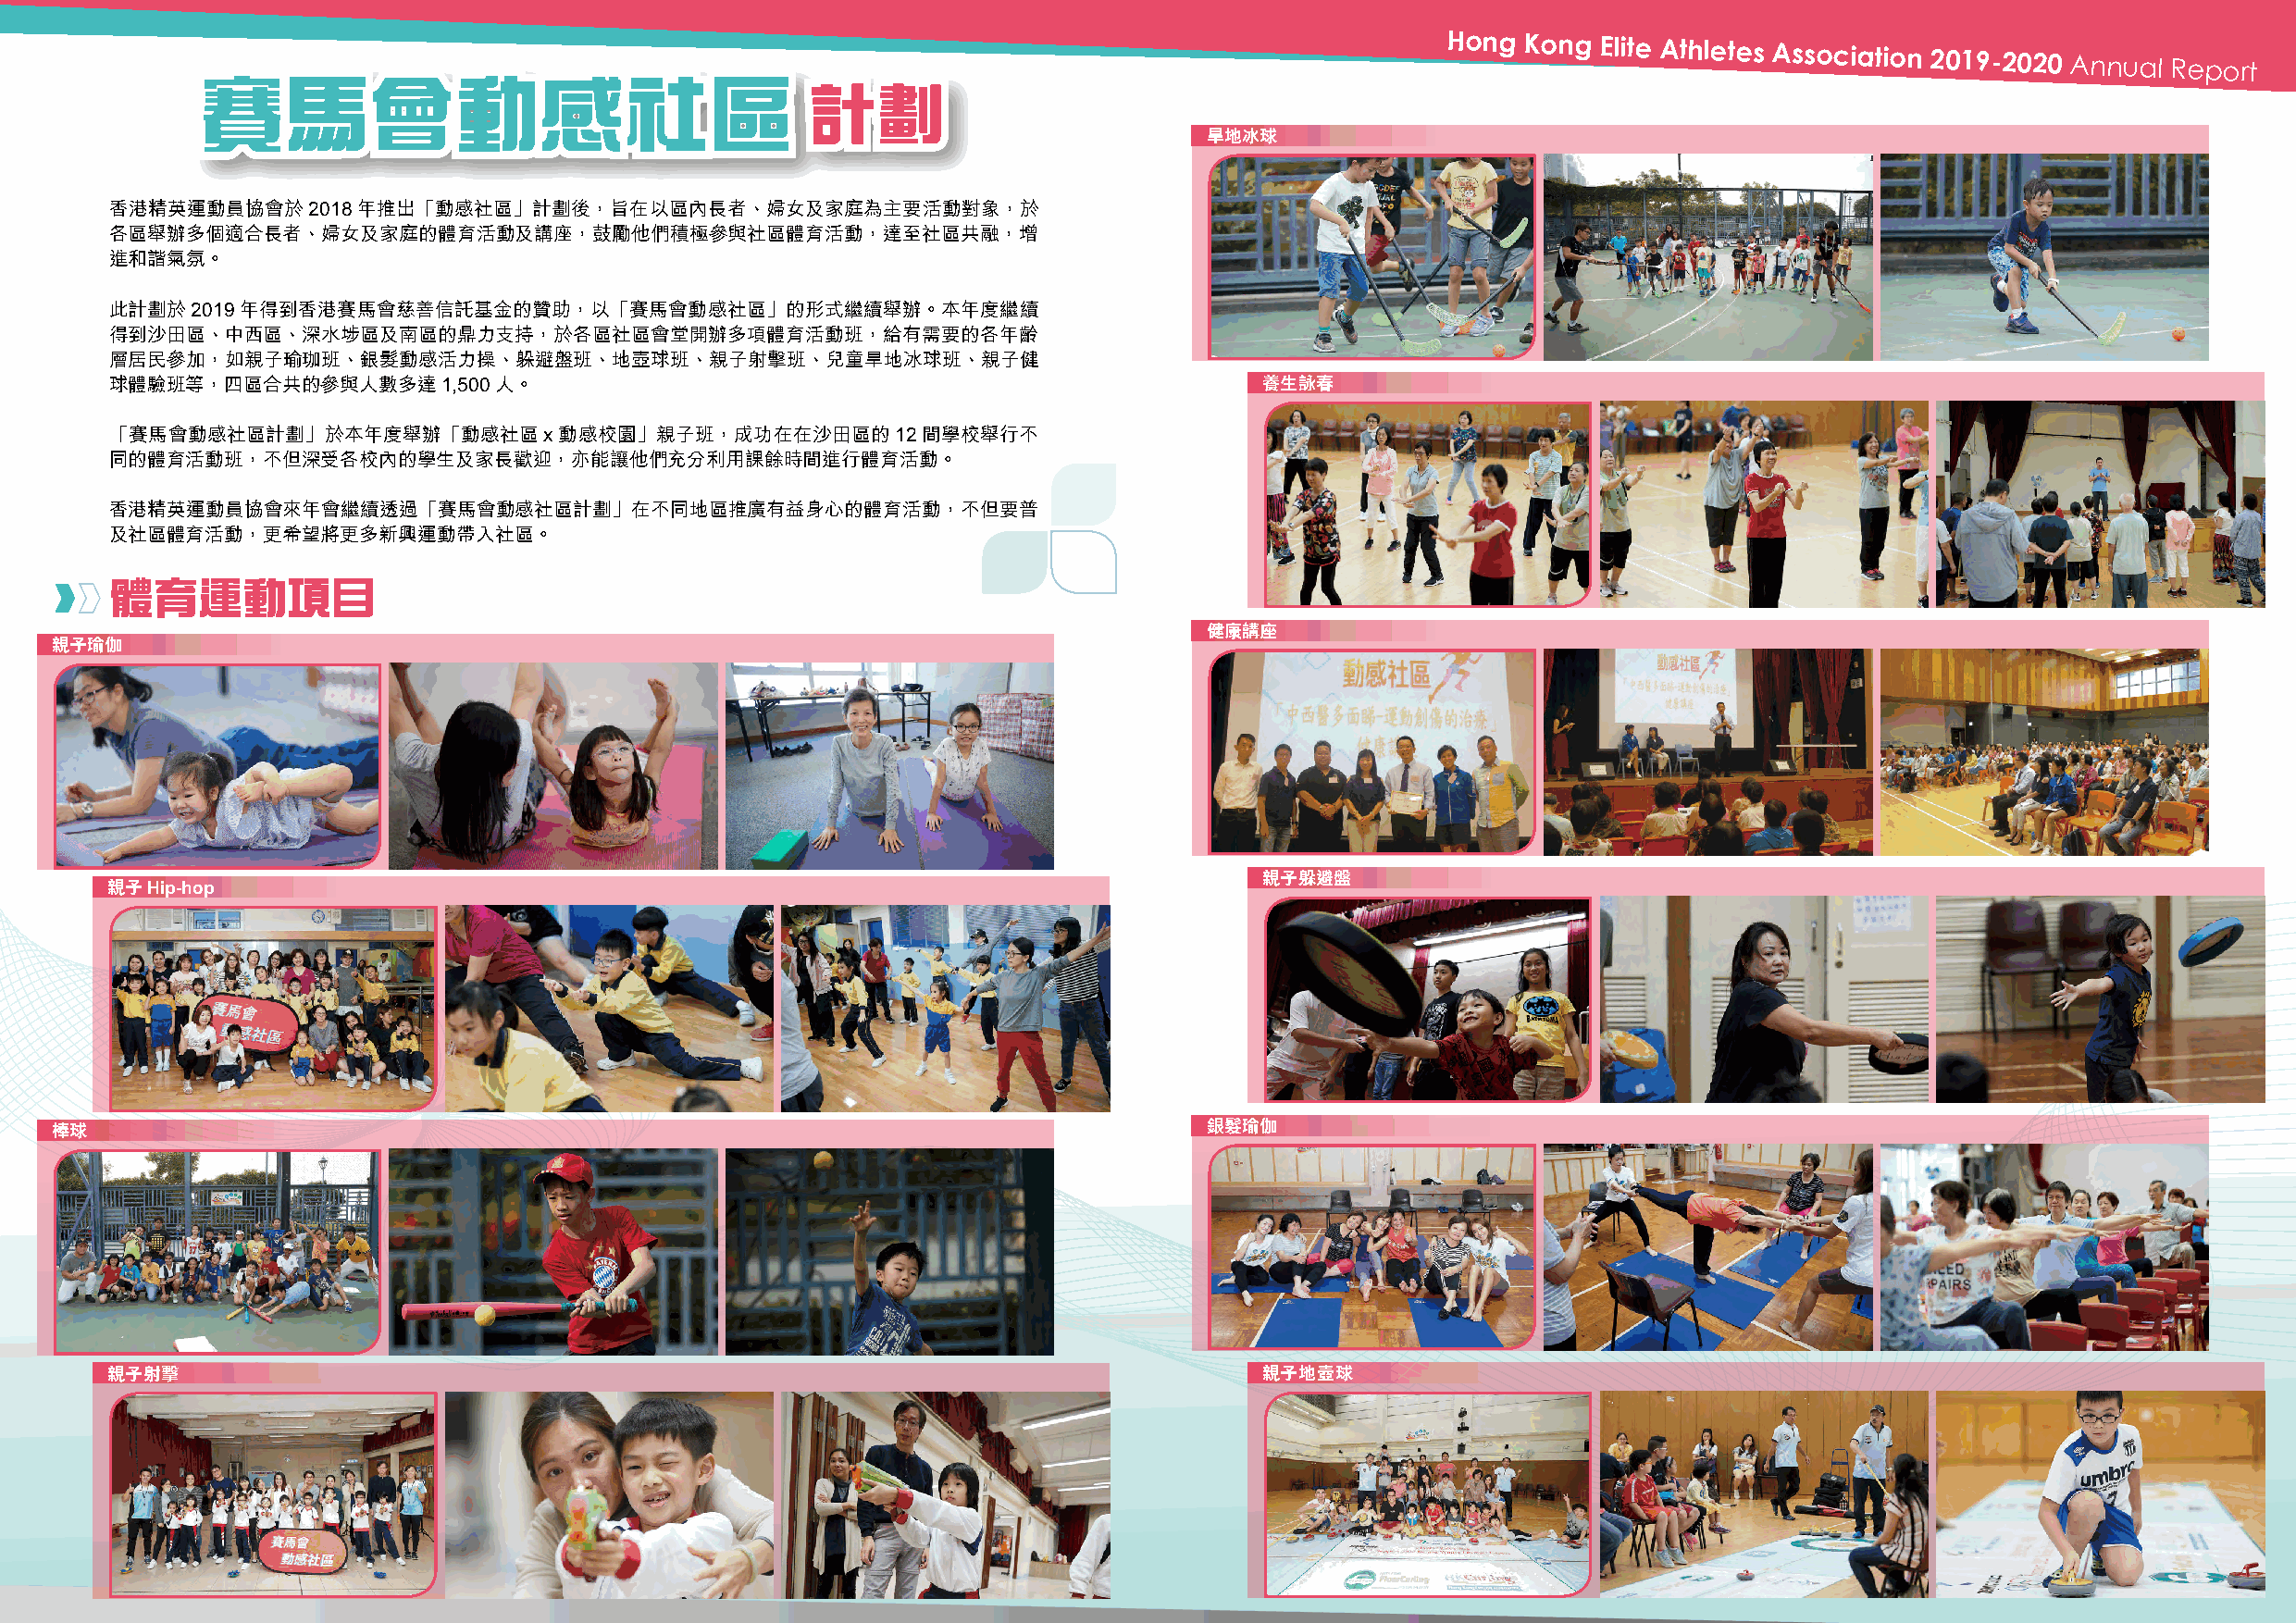
Hong  Kong Elite Athletes Association
 2019-2020 Annual Report
 賽馬會動感社區
 計劃
 旱地冰球
 香港精英運動員協會於2018年推出「動感社區」計劃後，旨在以區內長者、婦女及家庭為主要活動對象，於
 各區舉辦多個適合長者、婦女及家庭的體育活動及講座，鼓勵他們積極參與社區體育活動，達至社區共融，增
 進和諧氣氛。
 此計劃於2019年得到香港賽馬會慈善信託基金的贊助，以「賽馬會動感社區」的形式繼續舉辦。本年度繼續
 得到沙田區、中西區、深水埗區及南區的鼎力支持，於各區社區會堂開辦多項體育活動班，給有需要的各年齡
 層居民參加，如親子瑜珈班、銀髮動感活力操、躲避盤班、地壺球班、親子射擊班、兒童旱地冰球班、親子健
 球體驗班等，四區合共的參與人數多達1,500人。                                                          養生詠春
 「賽馬會動感社區計劃」於本年度舉辦「動感社區x動感校園」親子班，成功在在沙田區的12間學校舉行不
 同的體育活動班，不但深受各校內的學生及家長歡迎，亦能讓他們充分利用課餘時間進行體育活動。
 香港精英運動員協會來年會繼續透過「賽馬會動感社區計劃」在不同地區推廣有益身心的體育活動，不但要普
 及社區體育活動，更希望將更多新興運動帶入社區。
 體育運動項目
 健康講座
 親子瑜伽
 親子躲避盤
 親子Hip-hop
 棒球                                                                                銀髮瑜伽
 親子射擊                                                                              親子地壺球